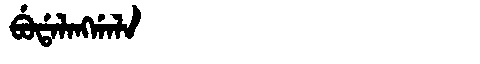
Manchu: ᠪᡠᡩᠠᠯᠠᠩᡤᠠᠯᠠ
Romanization: BUDALANGGALA